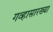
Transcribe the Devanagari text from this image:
गव्हासारख्या